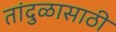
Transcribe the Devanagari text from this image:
तांदुळासाठी